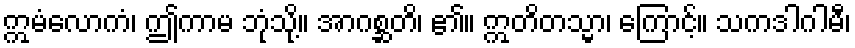
ဣမံလောကံ၊ ဤကာမ ဘုံသို့။ အာဂစ္ဆတိ၊ ၏။ ဣတိတသ္မာ၊ ကြောင့်။ သကဒါဂါမီ၊